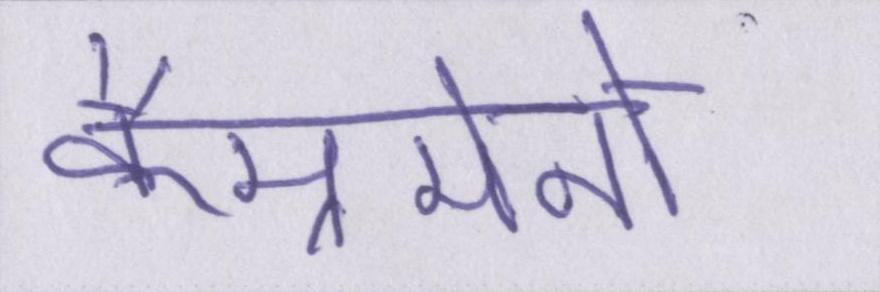
कैम्रमेनों